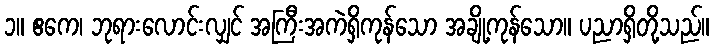
၁။ ဧကေ၊ ဘုရားလောင်းလျှင် အကြီးအကဲရှိကုန်သော အချို့ကုန်သော။ ပညာရှိတို့သည်။